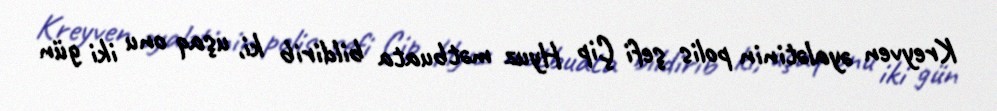
Kreyven əyalətinin polis şefi Çip Hyuz mətbuata bildirib ki, uşaq onu iki gün